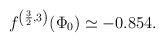
LaTeX: \begin{align*}f^{\left(\frac{3}{2},3\right)}(\Phi_0)\simeq -0.854.\end{align*}